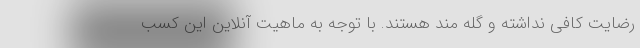
رضایت کافی نداشته و گله مند هستند. با توجه به ماهیت آنلاین این کسب